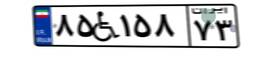
۸۷W۵۶۴۸۱